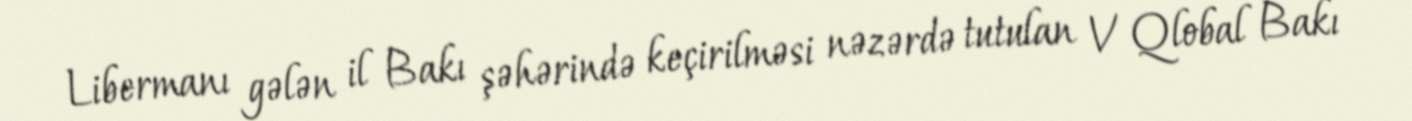
Libermanı gələn il Bakı şəhərində keçirilməsi nəzərdə tutulan V Qlobal Bakı